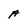
Character: A